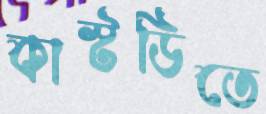
কাস্টডিতে